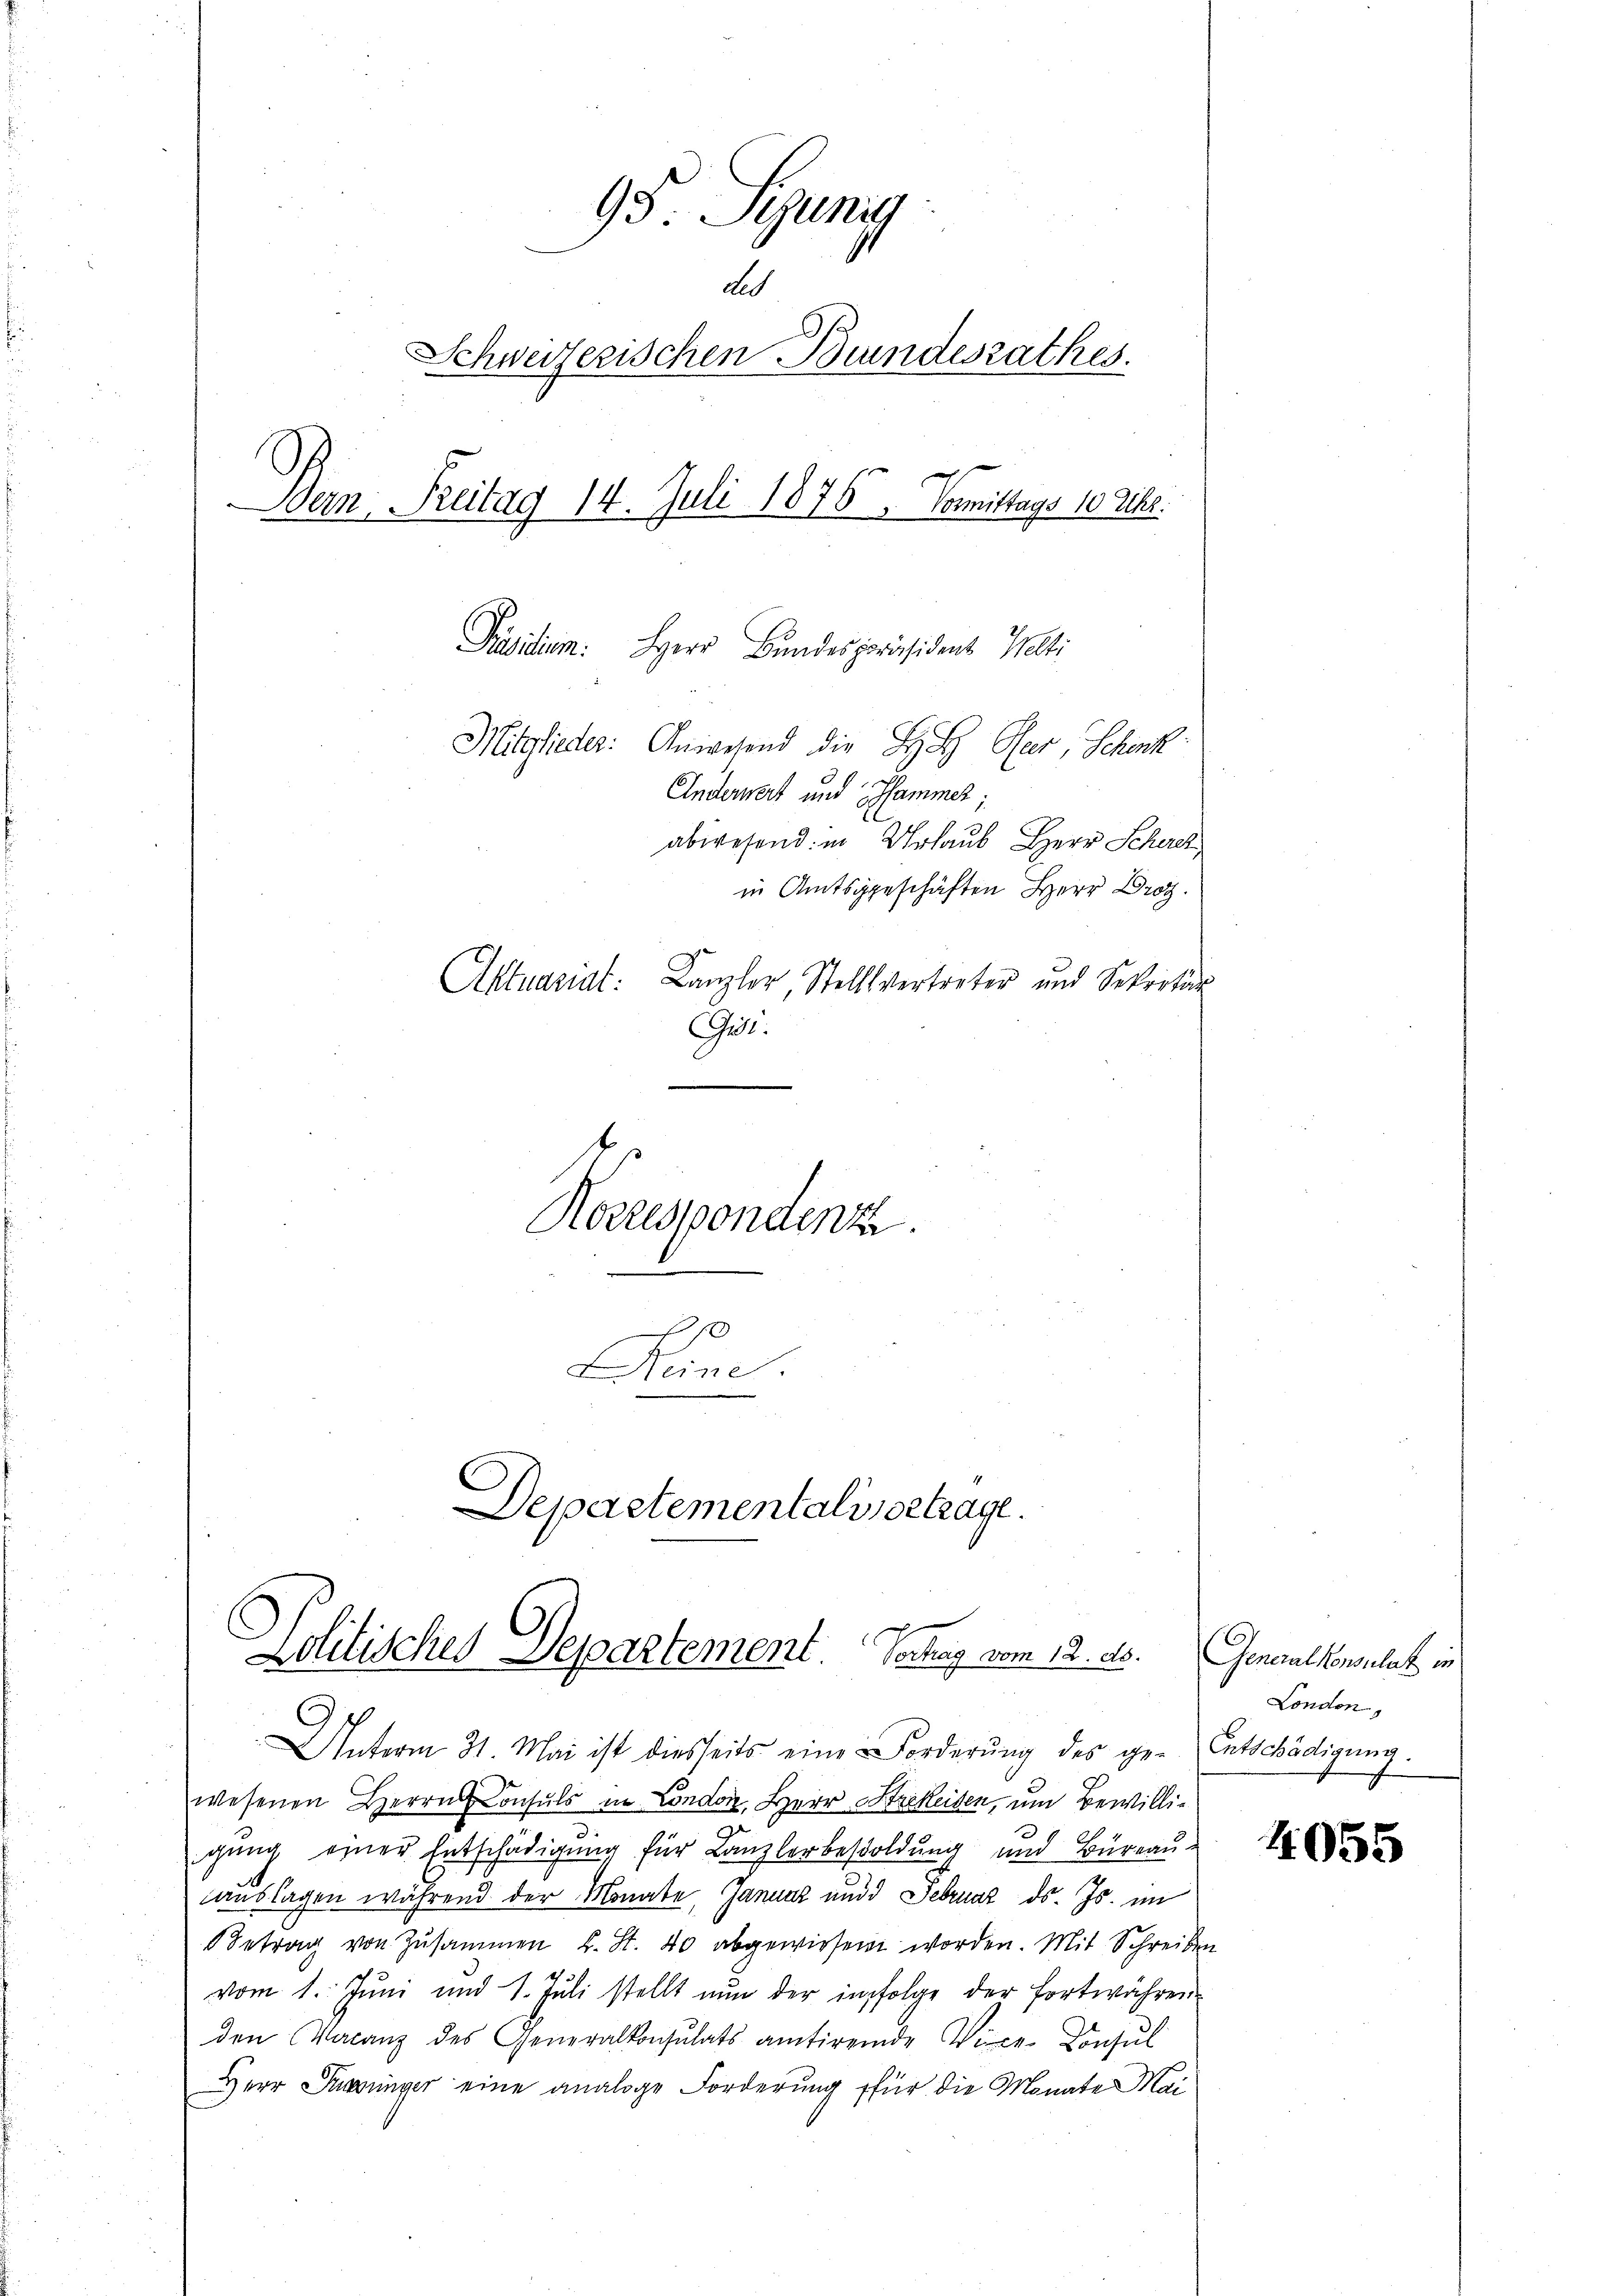
95. Seinig
de
Schweizerischen Bundesrathes.
Bern. Freitag 14. Juli 1875 Vormittags 10 Uhr.
Get.
Korrespondenz.
 x
Meine
Departementalis ortrage.

Präsidium. Herr Bundespräsident Welti

Mitglieder: Anwesend die L Rer, Schenk
Anderwert und Hammel;
in Amtsgeschäften Herr Droz.
Aktuariat Kanzler, Stellvertreter und Sekretär

abwesend: in Urlaub, Herr Scherch

Lolitisches Departement. Vorlag vom 12. ds. Genaulkonsulat in

Unterm 31. Mai ist diesseits eine Forderŭng des ge- Entschädigung.
wesenen Herrn Consuls in London, Herr Strekeisen, um Bewilligung einer Entschädigung für Kanzlerbesoldung und Büreau
auslagen während der Monate, Januar und d. Februar d. Js. im
Betrag von Zusammen L. St. 40 abgewiesen worden. Mit Schreiben
vom 1. Jŭni und 1. Jŭli stellt nŭn der infolge der fortwähren
den Vacanz des Generalkonsulats antirende Vice-Consul
Herr Dringer eine analoge Forderung für die Monate Mai¬

London,

4055